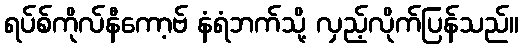
ရပ်စ်ကိုလ်နီကော့ဗ် နံရံဘက်သို့ လှည့်လိုက်ပြန်သည်။